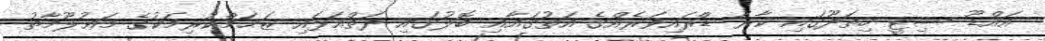
އައްޑޫ ސިޓީ ހިތަދޫގައި ކާރު ޑްރައިވަރެއްގެ އަތުގައާއި ބޮލުގައި ދަތްއަޅައި ޒަޚަމްކުރިމަކުގެ މަޢުލޫމާތު